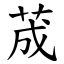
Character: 荿